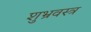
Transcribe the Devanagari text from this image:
शुभ्रवस्त्र